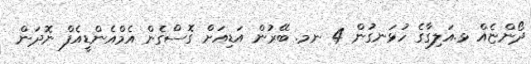
ދޯންޏެއް ޅ.އަލިގާގެ ހުޅަނގުން 4 ނމ. ބޭރުން އަޑިއަށް ގޮސްގެން އެމްއެންޑީއެފް ނޮދަން